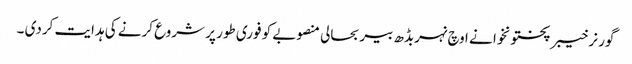
گور نر خیبر پختونخوا نے اوچ نہربڈھ بیر بحالی منصوبے کو فوری طور پر شروع کرنے کی ہدایت کردی ۔